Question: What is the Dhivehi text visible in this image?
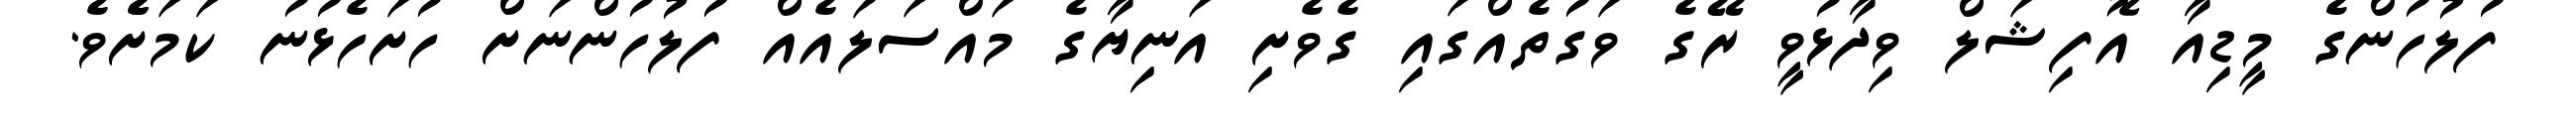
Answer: ފުލުހުންގެ މީޑިއާ އޮފިޝަލް ވިދާޅުވީ ރޭގެ ވަގުތެއްގައި ގެވެށި އަނިޔާގެ މައްސަލައެއް ފުލުހުންނަށް ހުށަހެޅުނު ކަމަށެެވެ.